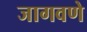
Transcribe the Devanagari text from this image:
जागवणे